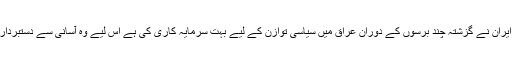
حارث حسن کا کہنا تھا کہ ایران نے گزشتہ چند برسوں کے دوران عراق میں سیاسی توازن کے لیے بہت سرمایہ کاری کی ہے اس لیے وہ آسانی سے دستبردار ہونے پر راضی نہیں ہوگا۔